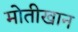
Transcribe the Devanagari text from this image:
मोतीखान